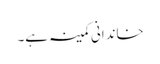
خاندانی کمینہ ہے۔